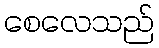
စေလေသည်